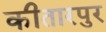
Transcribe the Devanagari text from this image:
कीतारपुर